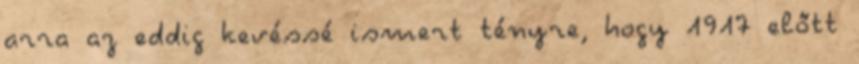
arra az eddig kevéssé ismert tényre, hogy 1917 előtt